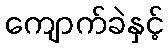
ကျောက်ခဲနှင့်